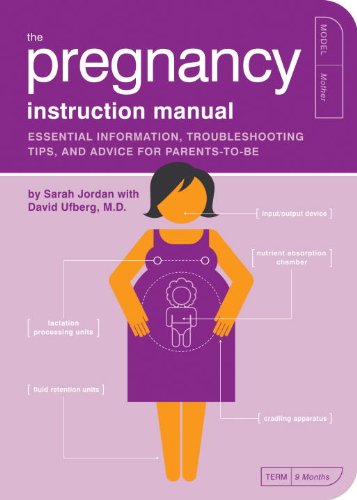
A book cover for The Pregnancy Instruction Manual: Essential Information, Troubleshooting Tips, and Advice for Parents-to-Be (Owner's and Instruction Manual); Sarah Jordan; Humor & Entertainment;